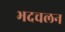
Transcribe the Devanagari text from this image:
भदचलन